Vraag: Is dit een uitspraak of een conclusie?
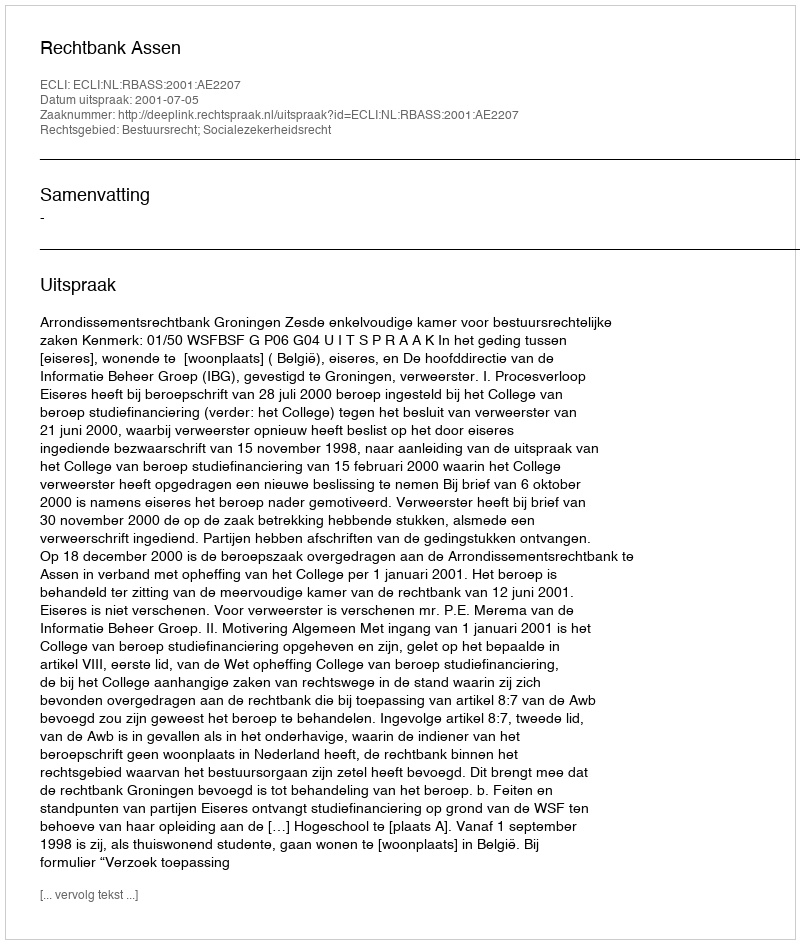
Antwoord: Uitspraak